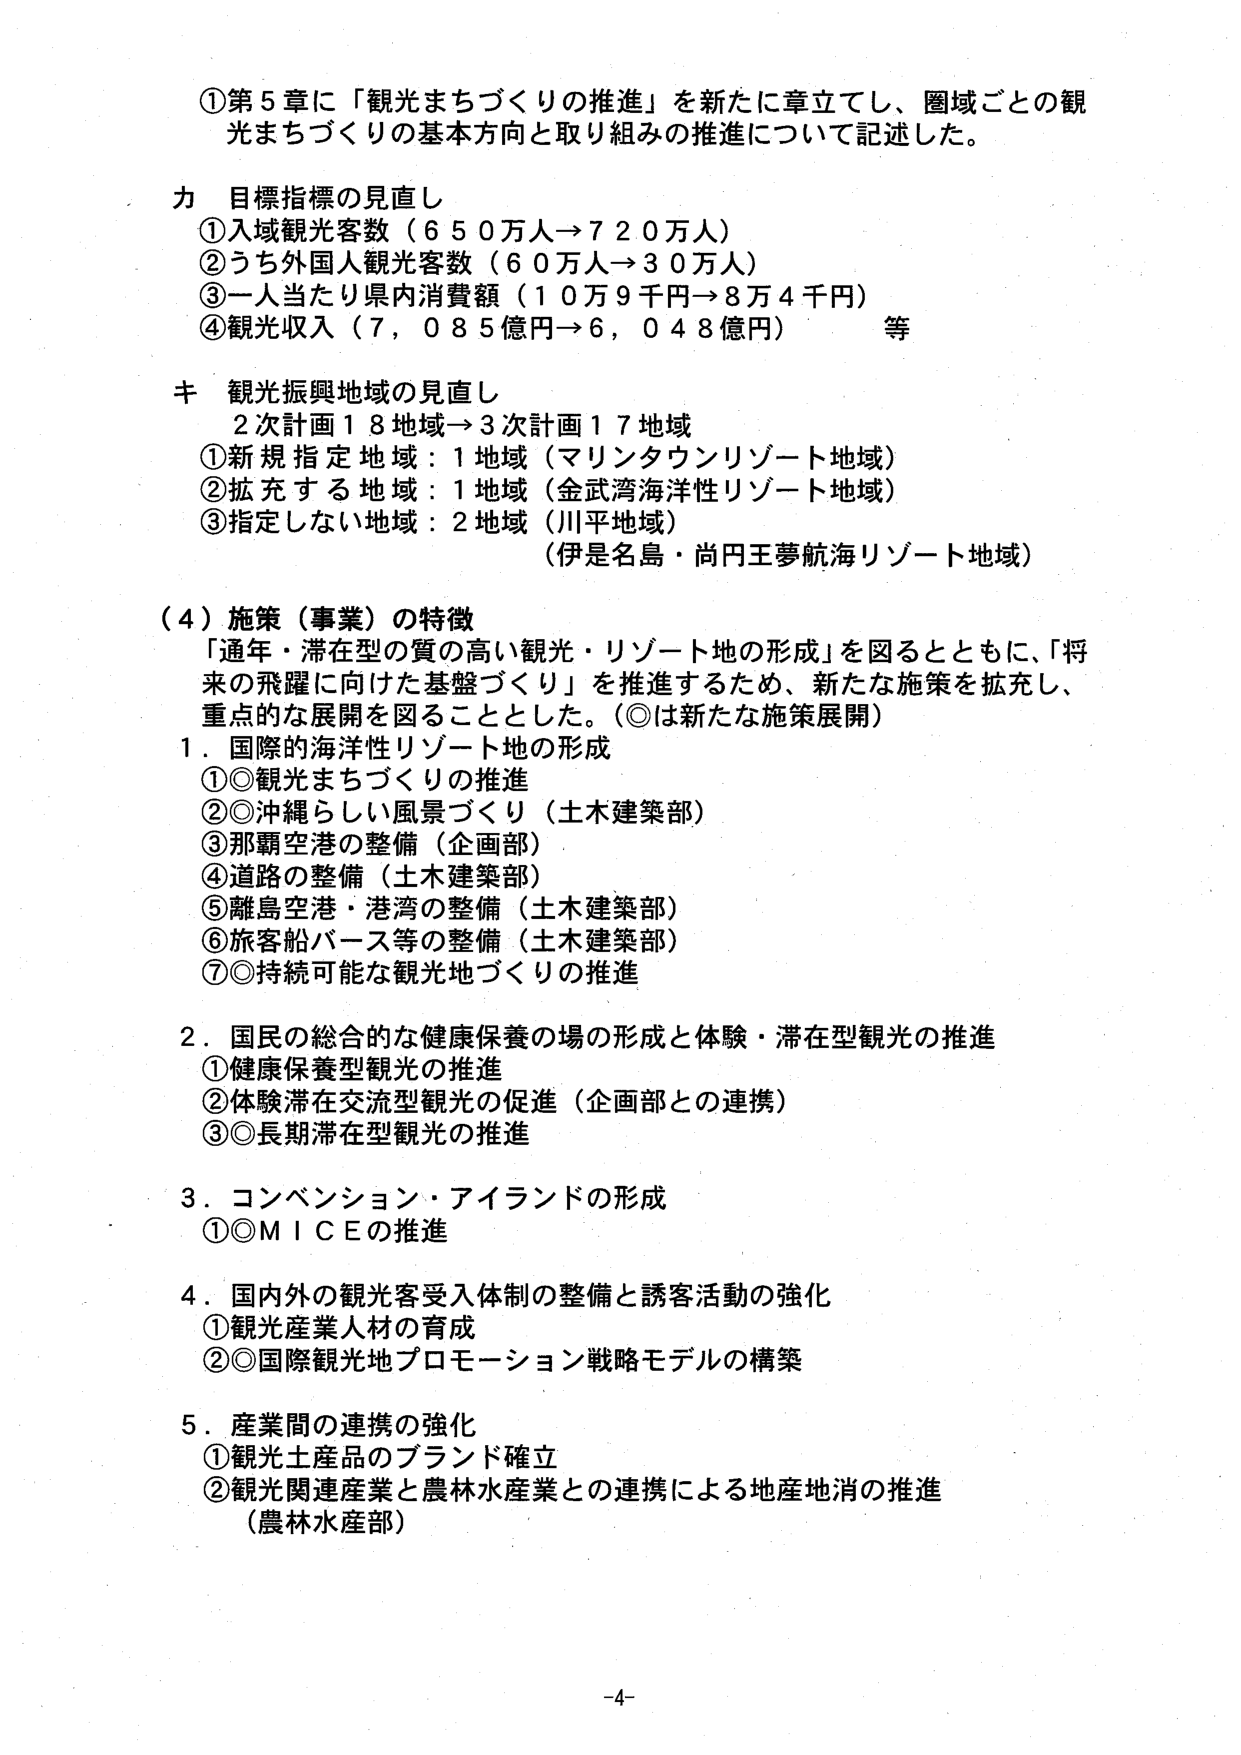
①第5章に「観光まちづくりの推進」を新たに章立てし、圏域ごとの観光まちづくりの基本方向と取り組みの推進について記述した。

カ 目標指標の見直し
①入域観光客数（650万人→720万人）
②うち外国人観光客数（60万人→30万人）
③一人当たり県内消費額（10万9千円→8万4千円）
④観光収入（7,085億円→6,048億円） 等

キ 観光振興地域の見直し
2次計画18地域→3次計画17地域
①新規指定地域：1地域（マリンタウンリゾート地域）
②拡充する地域：1地域（金武湾海洋性リゾート地域）
③指定しない地域：2地域（川平地域）
（伊是名島・尚円王夢航海リゾート地域）

（4）施策（事業）の特徴
「通年・滞在型の質の高い観光・リゾート地の形成」を図るとともに、「将来の飛躍に向けた基盤づくり」を推進するため、新たな施策を拡充し、重点的な展開を図ることとした。（◎は新たな施策展開）

1．国際的海洋性リゾート地の形成
①◎観光まちづくりの推進
②◎沖縄らしい風景づくり（土木建築部）
③那覇空港の整備（企画部）
④道路の整備（土木建築部）
⑤離島空港・港湾の整備（土木建築部）
⑥旅客船バース等の整備（土木建築部）
⑦◎持続可能な観光地づくりの推進

2．国民の総合的な健康保養の場の形成と体験・滞在型観光の推進
①健康保養型観光の推進
②体験滞在交流型観光の促進（企画部との連携）
③◎長期滞在型観光の推進

3．コンベンション・アイランドの形成
①◎ＭＩＣＥの推進

4．国内外の観光客受入体制の整備と誘客活動の強化
①観光産業人材の育成
②◎国際観光地プロモーション戦略モデルの構築

5．産業間の連携の強化
①観光土産品のブランド確立
②観光関連産業と農林水産業との連携による地産地消の推進
（農林水産部）

-4-